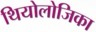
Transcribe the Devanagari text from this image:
थियोलोजिका